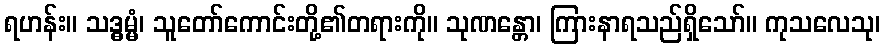
ရဟန်း။ သဒ္ဓမ္မံ၊ သူတော်ကောင်းတို့၏တရားကို။ သုဏန္တော၊ ကြားနာရသည်ရှိသော်။ ကုသလေသု၊